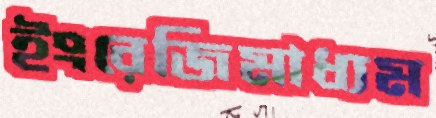
ইংরেজিমাধ্যম